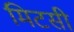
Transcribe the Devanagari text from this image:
मिटसी